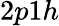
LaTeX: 2p1h